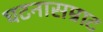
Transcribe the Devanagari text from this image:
घटनासम्राट